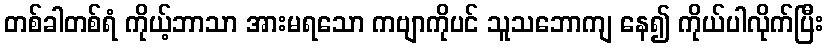
တစ်ခါတစ်ရံ ကိုယ့်ဘာသာ အားမရသော ကဗျာကိုပင် သူသဘောကျ နေ၍ ကိုယ်ပါလိုက်ပြီး